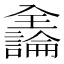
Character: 𫤍